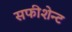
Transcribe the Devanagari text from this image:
सफीशेन्ट